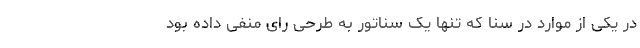
در یکی از موارد در سنا که تنها یک سناتور به طرحی رای منفی داده بود